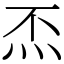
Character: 㶨